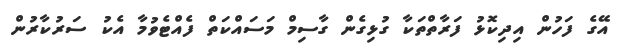
އޭގެ ފަހުން އިދިކޮޅު ފަރާތްތަކާ ގުޅިގެން ގާސިމް މަސައްކަތް ފެއްޓެވުމާ އެކު ސަރުކާރުން